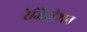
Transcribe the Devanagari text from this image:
रेजिस्ट्रेशन